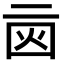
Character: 𠄰